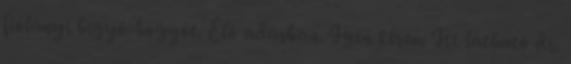
fiolányi bigyó-bogyót. Élő adásban. Igen kérem Itt látható dr.